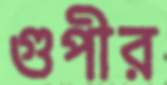
গুপীর